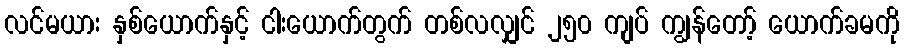
လင်မယား နှစ်ယောက်နှင့် ငါးယောက်တွက် တစ်လလျှင် ၂၅၀ ကျပ် ကျွန်တော့် ယောက်ခမကို